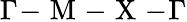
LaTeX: \Gamma\! -\! \mathrm{~M~}\! -\! \mathrm{~X~}\! -\! \Gamma